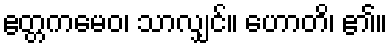
ဧတ္တကမေဝ၊ သာလျှင်။ ဟောတိ၊ ၏။